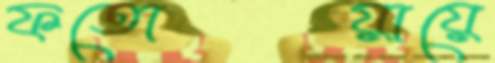
ফতোয়ায়ে